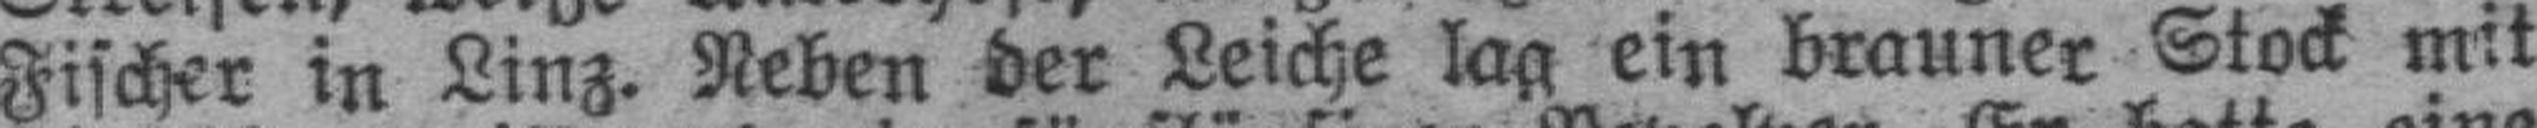
Fischer in Linz. Neben der Leiche lag ein brauner Stock mit